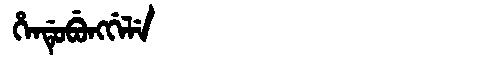
Manchu: ᡥᡝᠨᡩᡠᠪᡠᠩᡤᡝᠯᡝ
Romanization: HENDUBUNGGELE